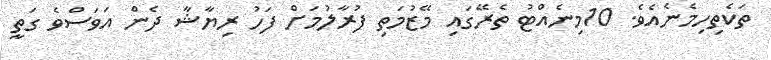
ތަކެތިހިމެނެއެވެ. 10މިނެއްޓު ތެރޭގައި މޭޒުމަތި ފުރާލުމަށް ފަހު ރިޔާޝާ ދެން އަވަސްވެ ގަތީ